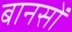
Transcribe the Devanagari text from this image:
बानसों